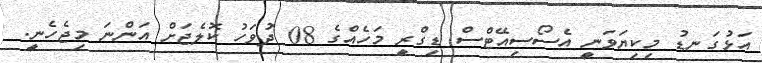
އަޅުގަނޑު މިކިޔަވަނީ އެސޯސިއޭޓްސް ޑިގްރީ މަހެއްގެ 08 ދުވަހު ކޮލެޖަށް އަންނަ މިޖެހެނީ.